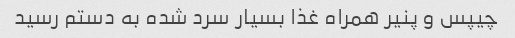
چیپس و پنیر همراه غذا بسیار سرد شده به دستم رسید